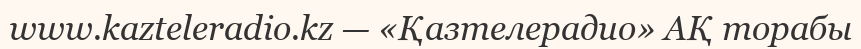
www.kazteleradio.kz — «Қазтелерадио» АҚ торабы